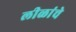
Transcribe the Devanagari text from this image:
लीळांचे